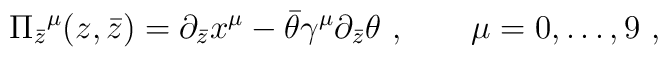
\Pi_{\bar z}{}^\mu (z, \bar z)= \partial_{\bar z} x^{\mu} - \bar \theta\gamma^\mu \partial_{\bar z} \theta \ , \qquad \mu=0,\dots ,9\ ,